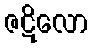
ဇဋိလော